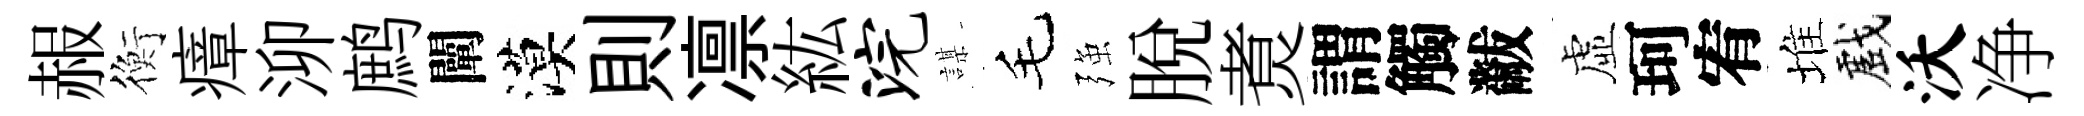
赧衡瘴泖鹧闡漠則凛紘浣謀毛强脫煑謂觸黻虛珂宥堆戲沃净